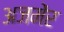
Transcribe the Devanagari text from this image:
अजमेंर